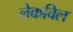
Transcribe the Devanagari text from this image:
लेकविल